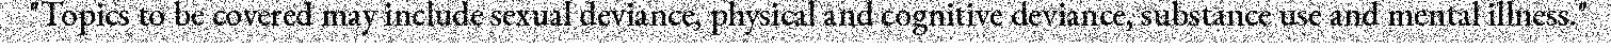
"Topics to be covered may include sexual deviance, physical and cognitive deviance, substance use and mental illness."